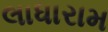
લાધારામ